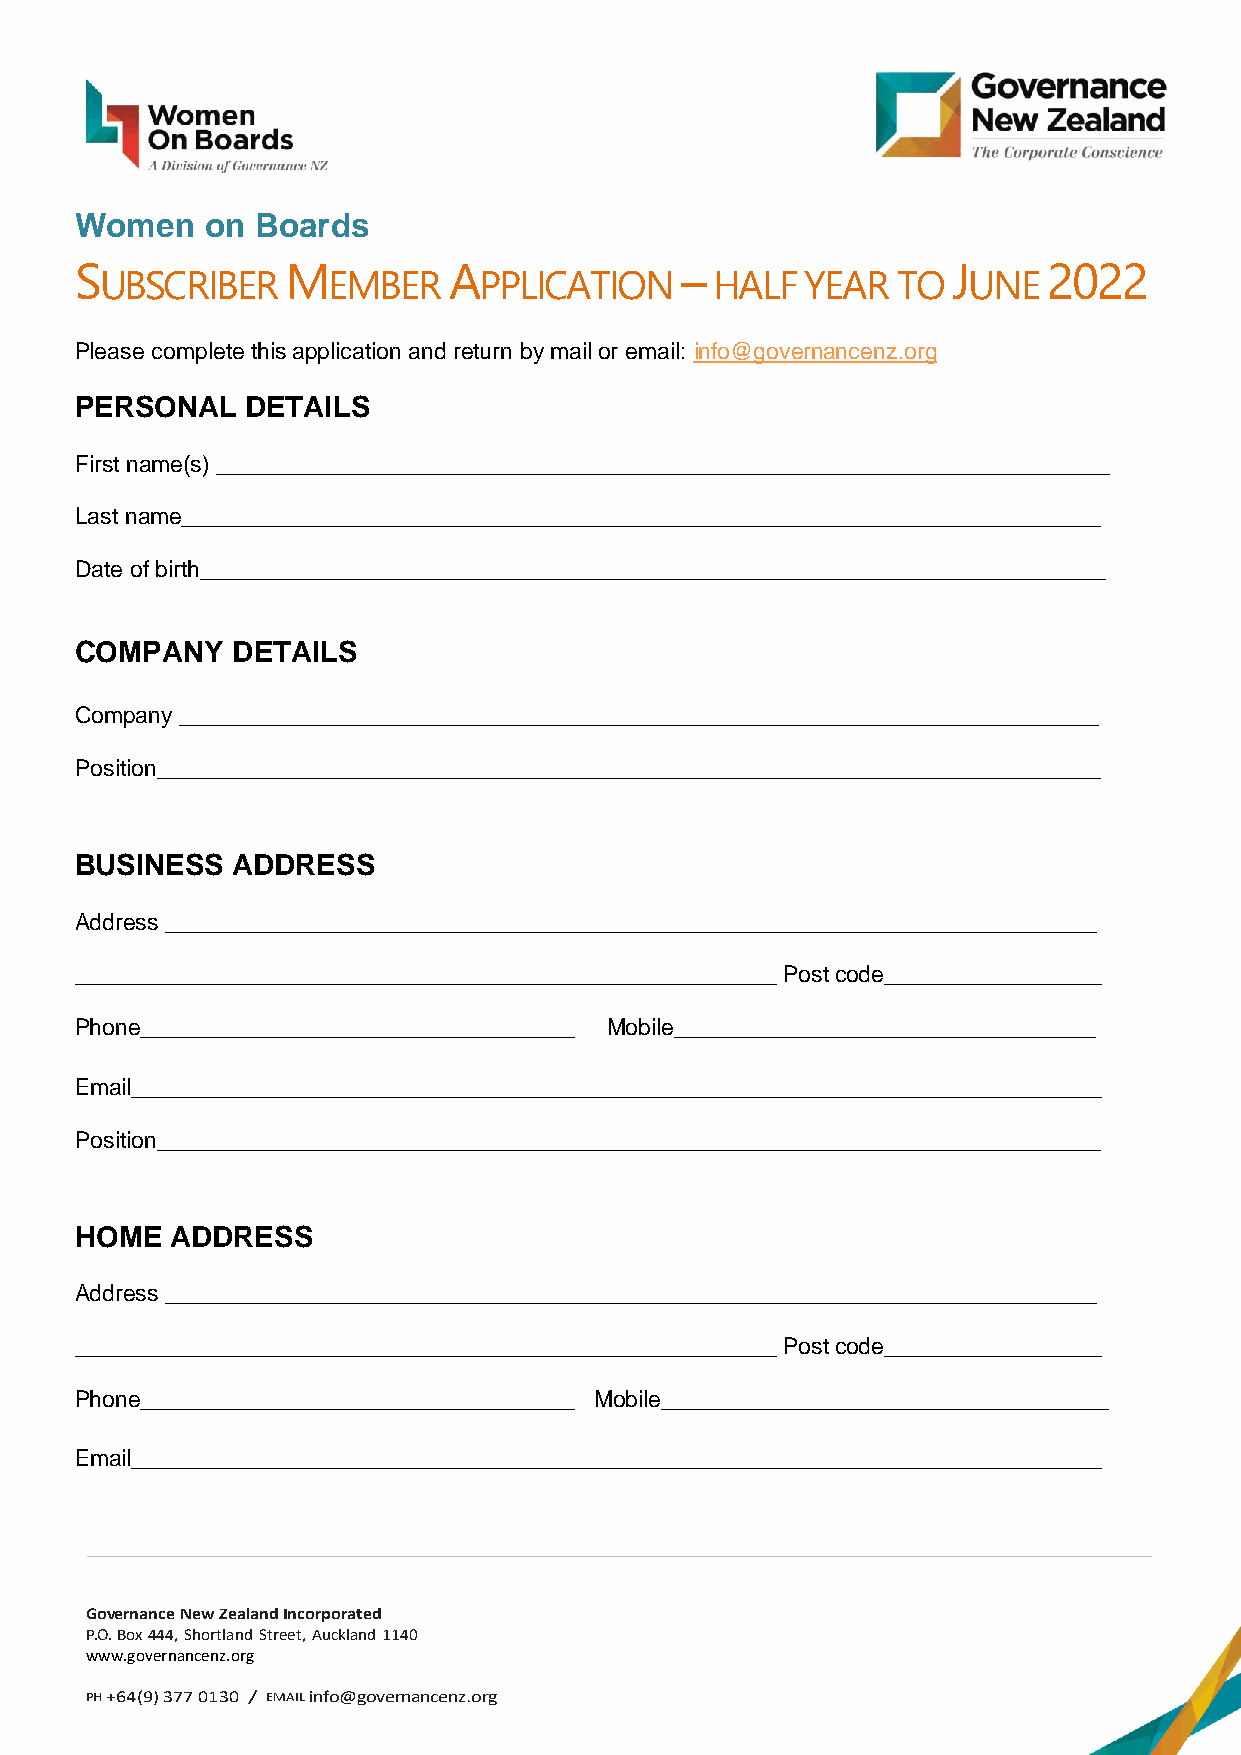
Women    on Boards
 S             M          A              –                 J     2022
 UBSCRIBER      EMBER     PPLICATION     HALF  YEAR  TO   UNE
 Please complete this application and return by mail or email: info@governancenz.org
 PERSONAL   DETAILS
 First name(s) ______________________________________________________________________
 Last name________________________________________________________________________
 Date of birth_______________________________________________________________________
 COMPANY   DETAILS
 Company ________________________________________________________________________
 Position__________________________________________________________________________
 BUSINESS  ADDRESS
 Address _________________________________________________________________________
 _______________________________________________________ Post code_________________
 Phone__________________________________ Mobile_________________________________
 Email____________________________________________________________________________
 Position__________________________________________________________________________
 HOME  ADDRESS
 Address _________________________________________________________________________
 _______________________________________________________ Post code_________________
 Phone__________________________________ Mobile___________________________________
 Email____________________________________________________________________________
 Governance New Zealand Incorporated
 P.O. Box 444, Shortland Street, Auckland 1140
 www.governancenz.org
 PH +64(9) 377 0130 / EMAIL info@governancenz.org